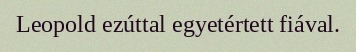
Leopold ezúttal egyetértett fiával.